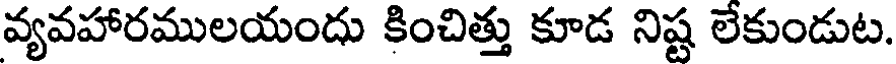
వ్యవహారములయందు కించిత్తు కూడ నిష్ట లేకుండుట.